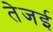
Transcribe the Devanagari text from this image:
तेजई